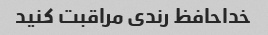
خداحافظ رندی مراقبت کنید